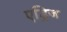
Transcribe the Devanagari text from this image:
एड्रिज